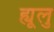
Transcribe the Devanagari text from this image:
ह्यूलु